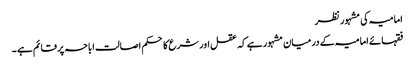
امامیہ کی مشہور نظر
فقہائے امامیہ کے درمیان مشہور ہے کہ عقل اور شرع کا حکم اصالت اباحہ پر قائم ہے ۔